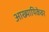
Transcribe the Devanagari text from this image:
आख्यायिकेवर